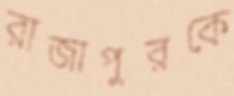
রাজাপুরকে